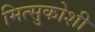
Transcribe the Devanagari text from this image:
मित्सुकोशी